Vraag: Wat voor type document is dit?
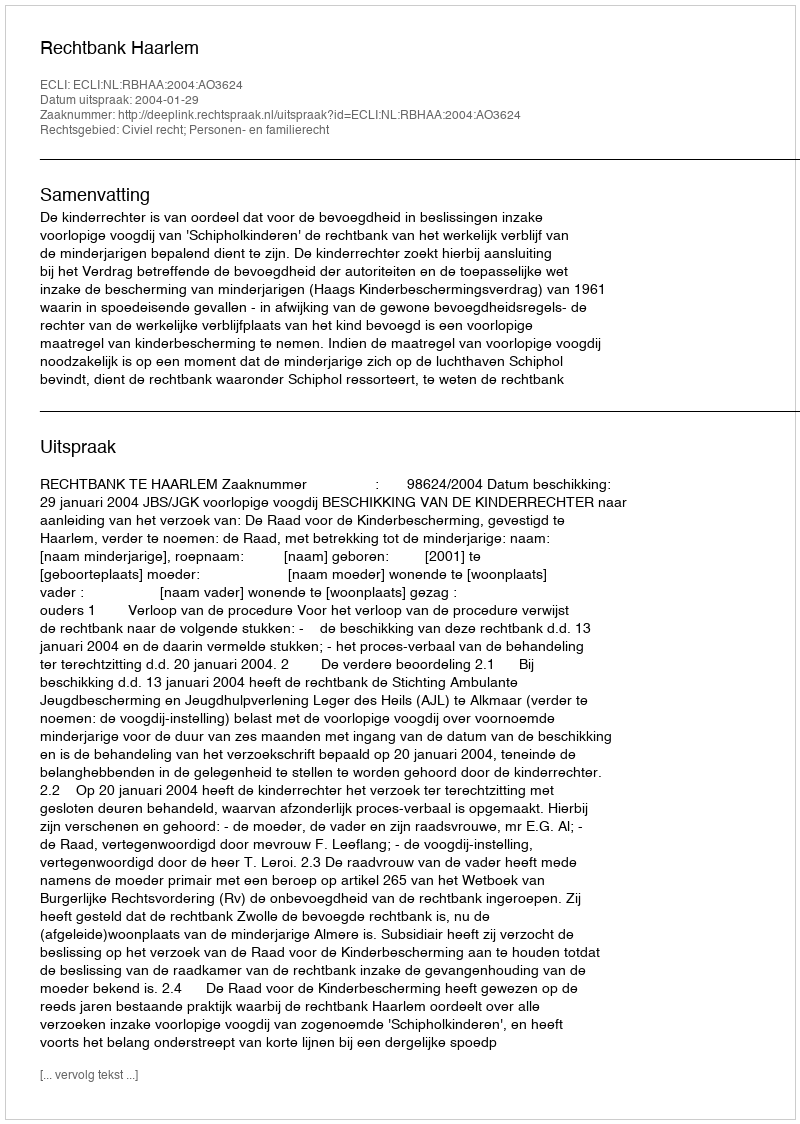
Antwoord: Uitspraak